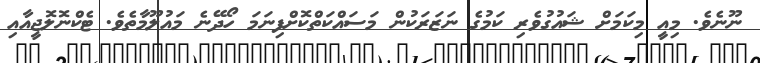
ނޫނެވެ. މިއީ މިކަމަށް ޝައުގުވެރި ކަމުގެ ނަޒަރަކުން މަސައްކަތްކޮށްފިނަމަ ހޯދޭނެ މައުލޫމާތެވެ. ޓެކްނޮލޮޖީއާއި